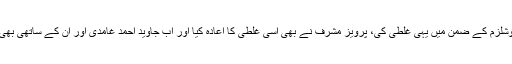
ذوالفقار علی بھٹو نے سوشلزم کے ضمن میں یہی غلطی کی، پرویز مشرف نے بھی اسی غلطی کا اعادہ کیا اور اب جاوید احمد غامدی اور ان کے ساتھی بھی اسی طرف جارہے ہیں۔